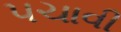
પચાવી